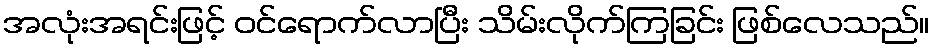
အလုံးအရင်းဖြင့် ဝင်ရောက်လာပြီး သိမ်းလိုက်ကြခြင်း ဖြစ်လေသည်။